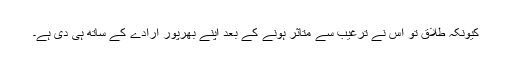
کیونکہ طلاق تو اس نے ترغیب سے متاثر ہونے کے بعد اپنے بھرپور ارادے کے ساتھ ہی دی ہے۔